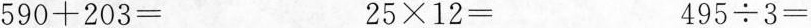
$$5 9 0 + 2 0 3 =$$ $$2 5 \times 1 2 =$$ $$4 9 5 /div 3 =$$